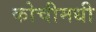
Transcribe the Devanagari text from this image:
कोचीमधी